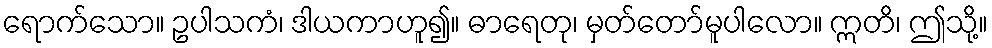
ရောက်သော။ ဥပါသကံ၊ ဒါယကာဟူ၍။ ဓာရေတု၊ မှတ်တော်မူပါလော။ ဣတိ၊ ဤသို့။